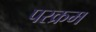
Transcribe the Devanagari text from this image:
परक्रम